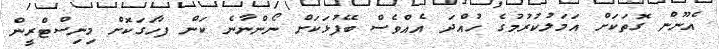
އެނޫން ގޮތަކަށް އަމަލުކުރުމުގެ ހުއްދަ އެއްވެސް ބޭފުޅަކަށް ނޯންނާނެ ކަން ފާހަގަކޮށް މިނިސްޓްރީން